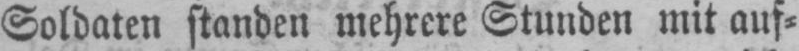
Soldaten standen mehrere Stunden mit auf⸗